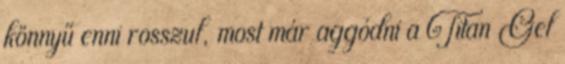
könnyű enni rosszul, most már aggódni a Titan Gel